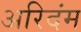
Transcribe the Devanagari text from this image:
अरिदंम